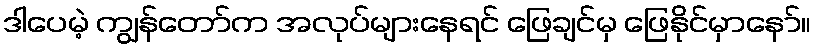
ဒါပေမဲ့ ကျွန်တော်က အလုပ်များနေရင် ဖြေချင်မှ ဖြေနိုင်မှာနော်။